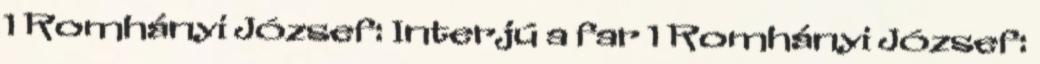
1 Romhányi József: Interjú a far 1 Romhányi József: